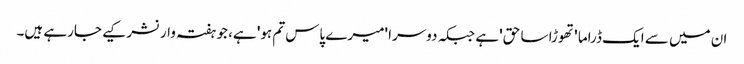
ان میں سے ایک ڈراما 'تھوڑا سا حق' ہے جبکہ دوسرا 'میرے پاس تم ہو' ہے، جو ہفتہ وار نشر کیے جارہے ہیں۔